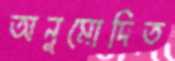
অনুমোদিত